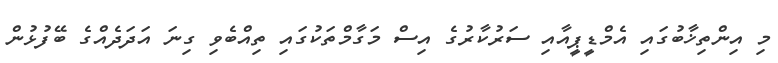
މި އިންތިޚާބުގައި އެމްޑީޕީއާއި ސަރުކާރުގެ އިސް މަގާމްތަކުގައި ތިއްބެވި ގިނަ އަދަދެއްގެ ބޭފުޅުން